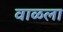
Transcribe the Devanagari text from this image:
वाळला